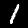
Label: 1